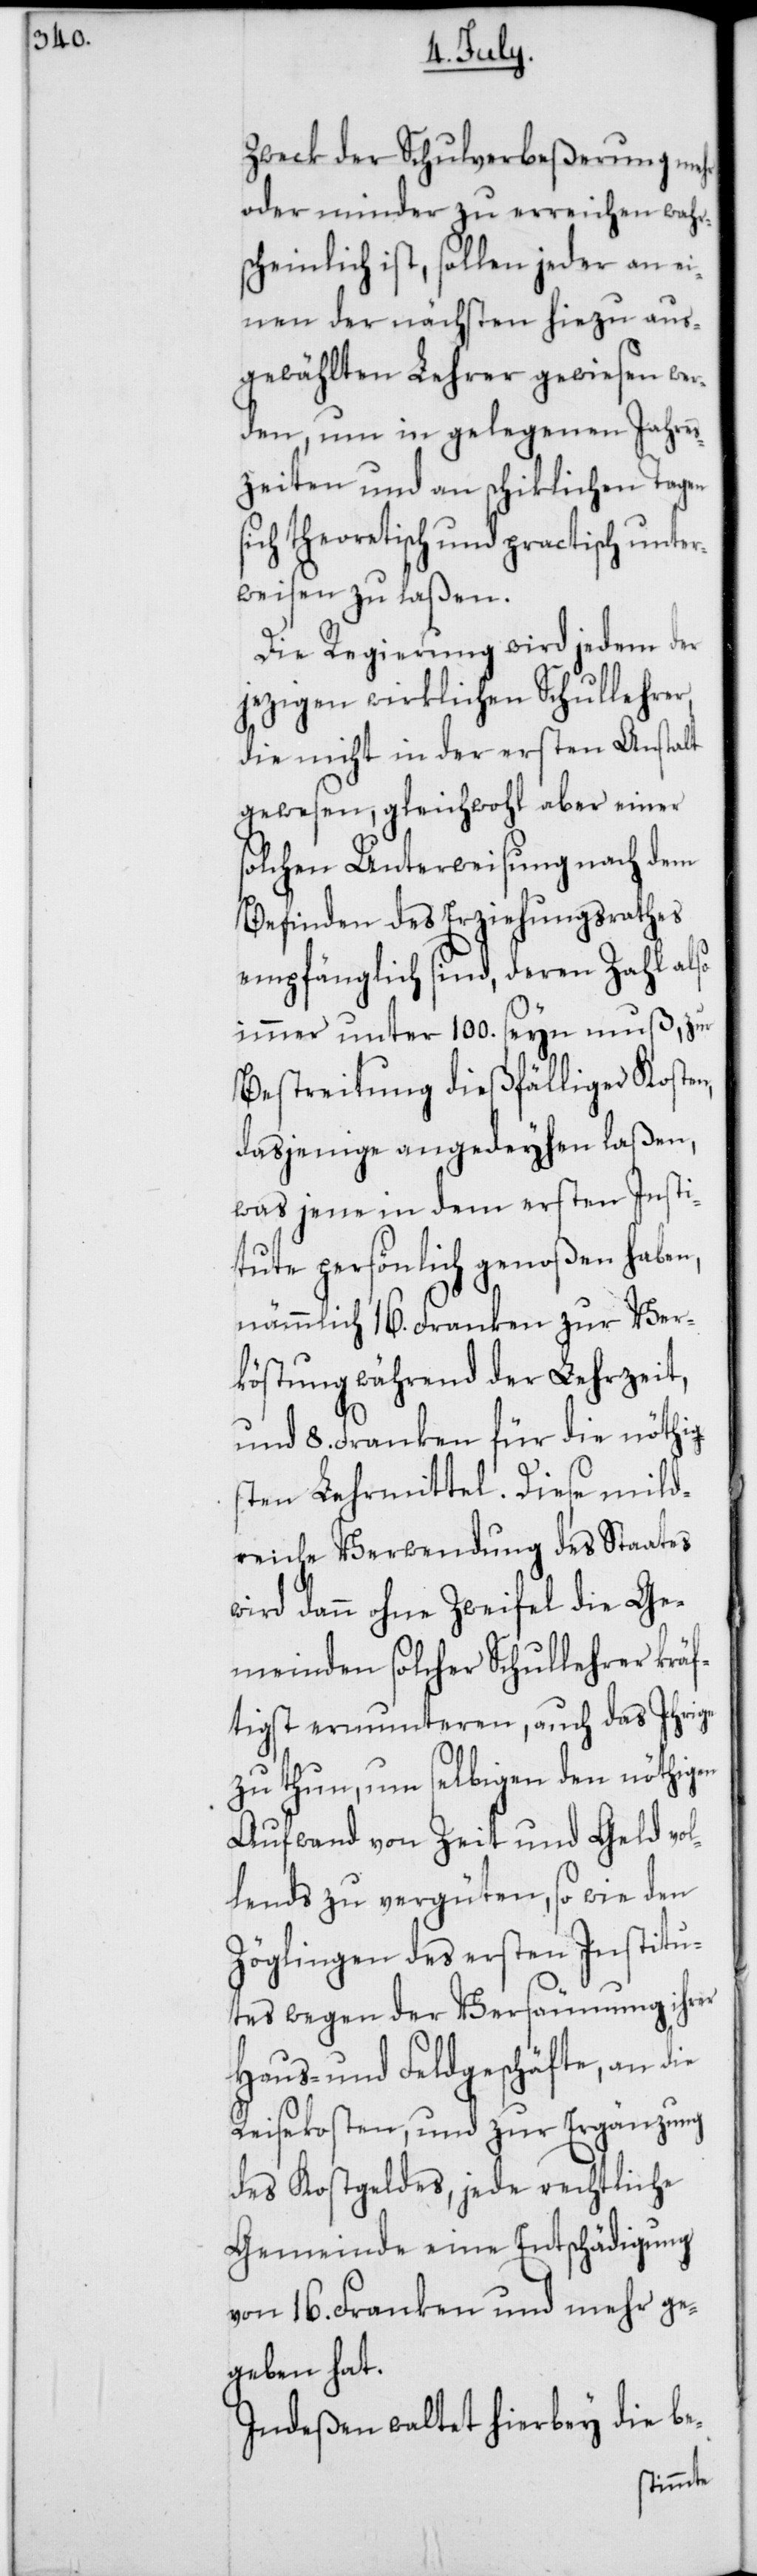
s¬

Zweck der Schulverbeßerung mehr
oder minder zu erreichen wahr¬
scheinlich ist, sollen jeder an ei¬
nen der nächsten hiezu aus¬
gewählten Lehrer gewiesen wer¬
den, um in gelegenen Jahres¬
zeiten und an schiklichen Tagen
ich theoretisch und practisch unter¬
weisen zu laßen.
Die Regierung wird jedem der
jezigen wirklichen Schullehrer,
die nicht in der ersten Anstalt
gewesen, gleichwohl aber einer
solchen Unterweisung nach dem
Befinden des Erziehungsrathes
empfänglich sind, deren Zahl also
immer unter 100. seyn muß, zur
Bestreitung dießfälliger Kosten,
dasjenige angedeyhen laßen,
was jene in dem ersten Insti¬
tute persönlich genoßen haben,
nämmlich 16. Franken zur Ver¬
köstung während der Lehrzeit,
und 8. Franken für die nöthig¬
sten Lehrmittel. Diese mild¬
reyche Verwendung des Staates
wird dann ohne Zweifel die Ge¬
meinden solcher Schullehrer kräf¬
tigst ermunteren, auch das Ihrige
zu thun, um selbigen den nöthigen
Aufwand von Zeit und Geld vol¬
lends zu vergüten, sowie den
Zöglingen des ersten Institu¬
tes wegen der Versäumung ihrer
Haus- und Feldgeschäfte, an die
Reisekosten, und zur Ergänzung
des Kostgeldes, jede rechtliche
Gemeinde eine Entschädigung
von 16. Franken und mehr ge¬
geben hat.
Indeßen waltet hierbey die be-